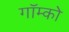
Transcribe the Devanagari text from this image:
गॉम्को